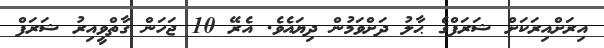
އިރަށްއިރަކަށް ޝަރަފްގެ ޙާލު ދަށްވަމުން ދިޔައެވެ. އެރޭ 10 ޖަހަން ގާތްވީއިރު ޝަރަފް